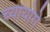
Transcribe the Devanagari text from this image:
च्यायोगे